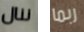
ننال ربما